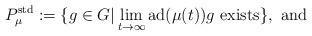
LaTeX: \begin{align*}P_\mu^{\mathrm{std}}:=\{g\in G | \lim_{t\to \infty}\mathrm{ad}(\mu(t))g\ \mathrm{exists}\},\ \mathrm{ and}\end{align*}